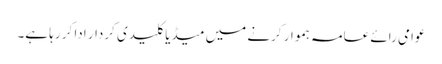
عوامی رائے عامہ ہموار کرنے میں میڈیا کلیدی کردار ادا کر رہا ہے۔